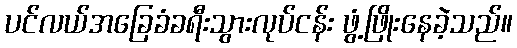
ပင်လယ်အခြေခံခရီးသွားလုပ်ငန်း ဖွံ့ဖြိုးနေခဲ့သည်။